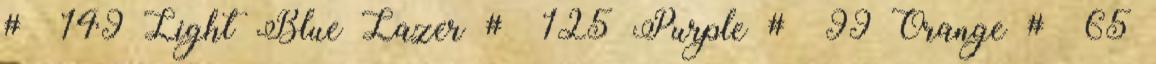
# 149 Light Blue Lazer # 125 Purple # 99 Orange # 65